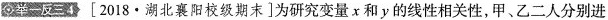
举一反三4[2018 · 湖北襄阳校级期末]为研究变量x和y的线性相关性，甲、乙二人分别进